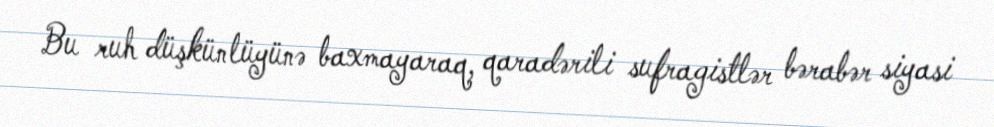
Bu ruh düşkünlüyünə baxmayaraq, qaradərili sufragistlər bərabər siyasi